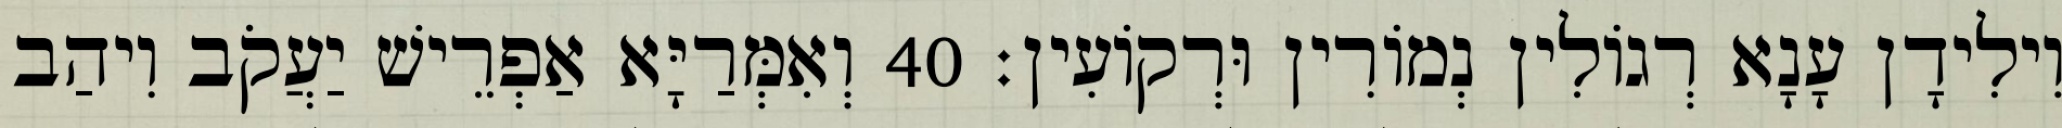
וִילִידָן עָנָא רְגוֹלִין נְמוֹרִין וּרְקוֹעִין׃ 40 וְאִמְּרַיָּא אַפְרֵישׁ יַעֲקֹב וִיהַב